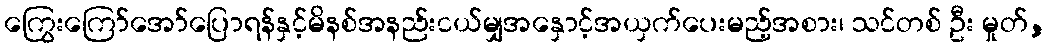
ကြွေးကြော်အော်ပြောရန်နှင့်မိနစ်အနည်းငယ်မျှအနှောင့်အယှက်ပေးမည့်အစား၊ သင်တစ် ဦး မှုတ်,